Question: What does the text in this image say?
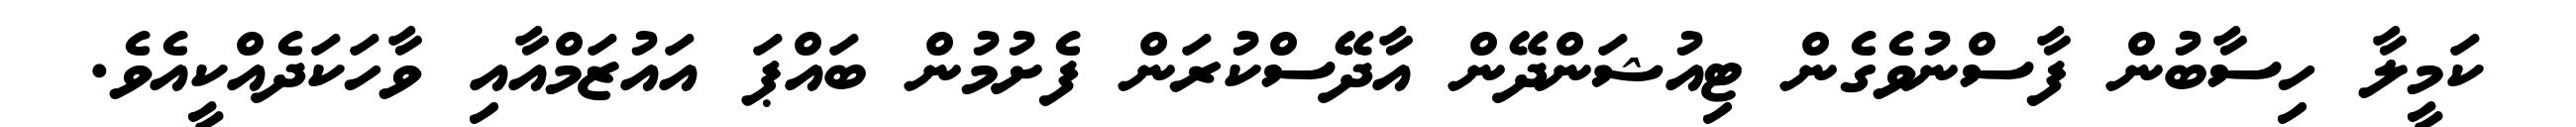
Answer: ކަމީލާ ހިސާބުން ފާސްނުވެގެން ޓިއުޝަންދޭން އާދޭސްކުރަން ފެށުމުން ބައްޕަ އައުޒަމްއާއި ވާހަކަދެއްކީއެވެ.